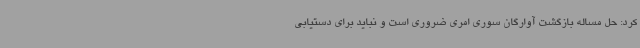
کرد: حل مساله بازگشت آوارگان سوری امری ضروری است و نباید برای دستیابی